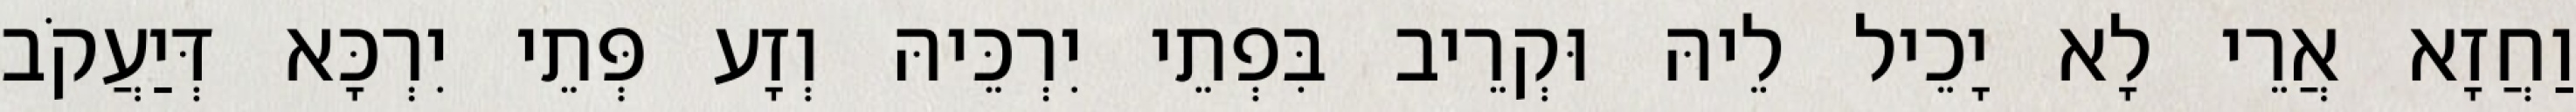
וַחֲזָא אֲרֵי לָא יָכֵיל לֵיהּ וּקְרֵיב בִּפְתֵי יִרְכֵּיהּ וְזָע פְּתֵי יִרְכָּא דְּיַעֲקֹב